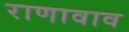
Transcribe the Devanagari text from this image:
राणावाव